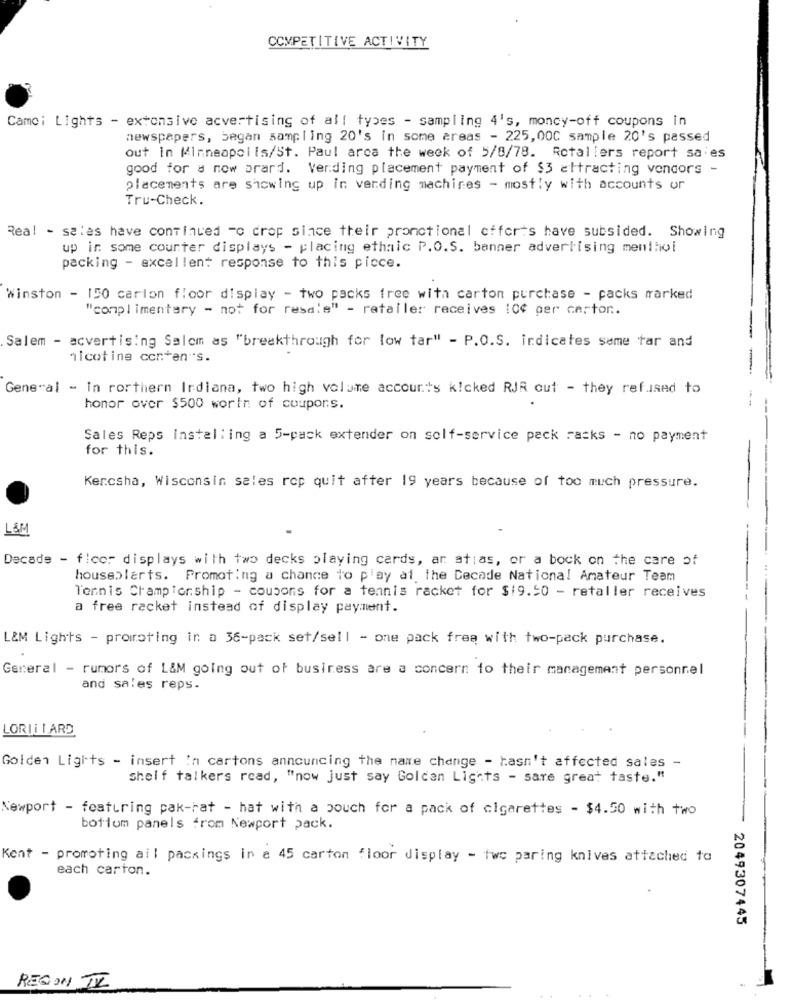
COMPETITIVE ACTIVITY
Came: Lights - extensive acvertising of all types - sampling 4's, moncy-off coupons in
newspapers, began sampling 20's in some areas - 225,00C sample 20's passed
out in Minneapolis/St. Paul arca the week of 5/8/78. Rotallers report sa es
good for a now brard. Verding placement payment of $3 attracting vendors -
placements are showing up in vending machines - mostly with accounts or
Tru-Check.
Real - sales have continued -o crop since their pronctional offorts have subsided. Showing
up in some counter displays - placing ethnic P.O.S. banner advertising menthol
packing - excellent response to this picce.
Winston - 150 carion floor display - two packs free with carton purchase - packs marked
"complimentary - not for resale" - retailer receives ICC per carton ..
Salem - acvertising Salom as "breakthrough for low tar" - P.O.S. indicates same tar and
nicotine conten"s.
General - In rorthern Irdiana, two high volume accounts kicked RJR cut - they refused to
--
honor over $500 worth of coupons.
Sales Reps installing a 5-pack extender on self-service pack racks - no payment
for this.
Kercsha, Wisconsin sales rep quit after 19 years because of too much pressure.
L&M
Decade - ficor displays with two decks playing cards, ar atias, or a bock on the care of
houseblarts. Promoting a chance to play at the Decade National Amateur Team
Tennis Championship - coupons for a tennis racket for $19.50 - retaller receives
a free racket instead of display payment.
L&M Lights - promoting in a 36-pack set/sell - one pack frea with two-pack purchase.
General - rumors of L&M going out of business are a concern to their management personnel
and sales reps.
LORILLARD
Golden Lights - insert in cartons announcing the name change - hasn't affected sales -
shelf talkers read, "now just say Golden Lights - sare great taste."
Newport - featuring pak-rat - hat with a pouch for a pack of cigarettes - $4.50 with two
botiom panels from Newport pack.
Kent - promoting ail packings in a 45 carton floor display - twc paring knives attached to
each carton.
2049307445
REGION I